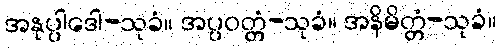
အနုပ္ပါဒေါ-သုခံ။ အပ္ပဝတ္တံ-သုခံ။ အနိမိတ္တံ-သုခံ။